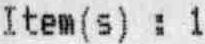
ITEM(S) : 1